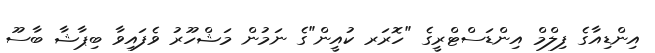
އިންޑިއާގެ ފިލްމް އިންޑަސްޓްރީގެ "ހޮރަރ ކުއީން"ގެ ނަމުން މަޝްހޫރު ވެފައިވާ ބިޕާޝާ ބާސޫ